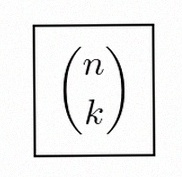
\binom{n}{k}